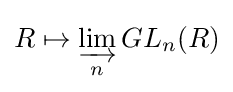
R\mapsto \varinjlim _{n}GL_{n}(R)